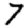
Digit: 7